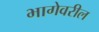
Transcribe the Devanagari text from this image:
भागेवरील